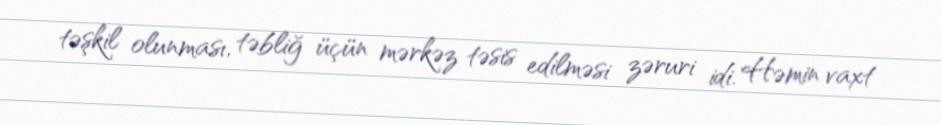
təşkil olunması, təbliğ üçün mərkəz təsis edilməsi zəruri idi. Həmin vaxt